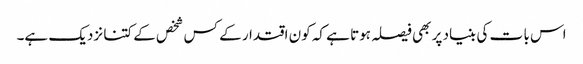
اس با ت کی بنیاد پر بھی فیصلہ ہوتا ہے کہ کون اقتدار کے کس شخص کے کتنا نزدیک ہے۔